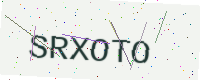
Text: SRXOTO